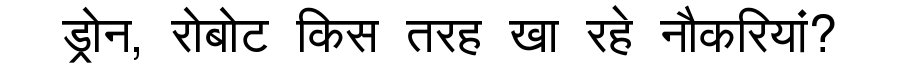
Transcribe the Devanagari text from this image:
ड्रोन, रोबोट किस तरह खा रहे नौकरियां?